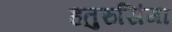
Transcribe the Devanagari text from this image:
हतुरुसिंगा